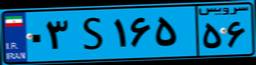
۰۳S۱۶۵۵۶